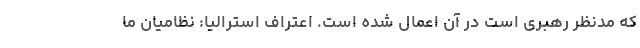
که مدنظر رهبری است در آن اعمال شده است. اعتراف استرالیا: نظامیان ما